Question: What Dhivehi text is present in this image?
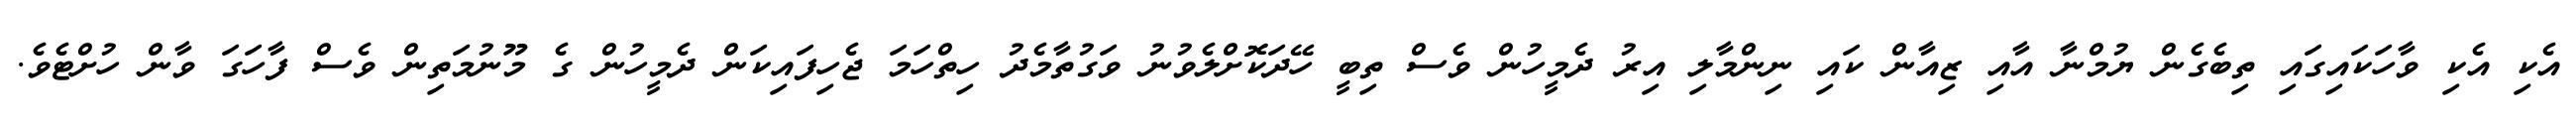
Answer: އެކި އެކި ވާހަކައިގައި ތިބެގެން ޔުމްނާ އާއި ޒިއާން ކައި ނިންމާލި އިރު ދެމީހުން ވެސް ތިބީ ހޭދަކޮށްލެވުނު ވަގުތާމެދު ހިތްހަމަ ޖެހިފައިކަން ދެމީހުން ގެ މޫނުމަތިން ވެސް ފާހަގަ ވާން ހުށްޓެވެ.